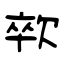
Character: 㰵